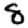
Digit: 8